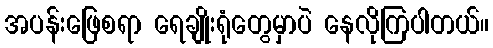
အပန်းဖြေစရာ ရေချိုးရုံတွေမှာပဲ နေလိုကြပါတယ်။